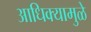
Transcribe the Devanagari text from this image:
आधिक्यामुळे